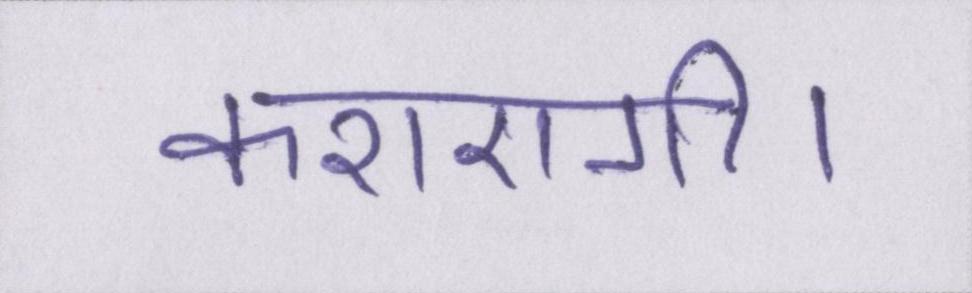
कराएगी।